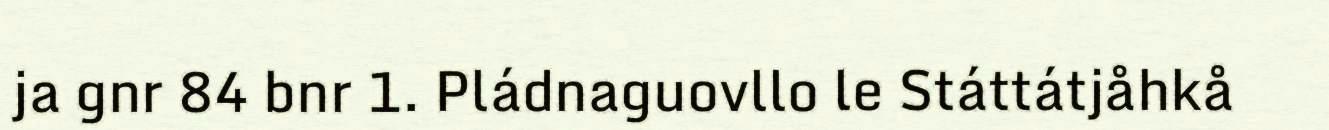
ja gnr 84 bnr 1. Pládnaguovllo le Státtátjåhkå